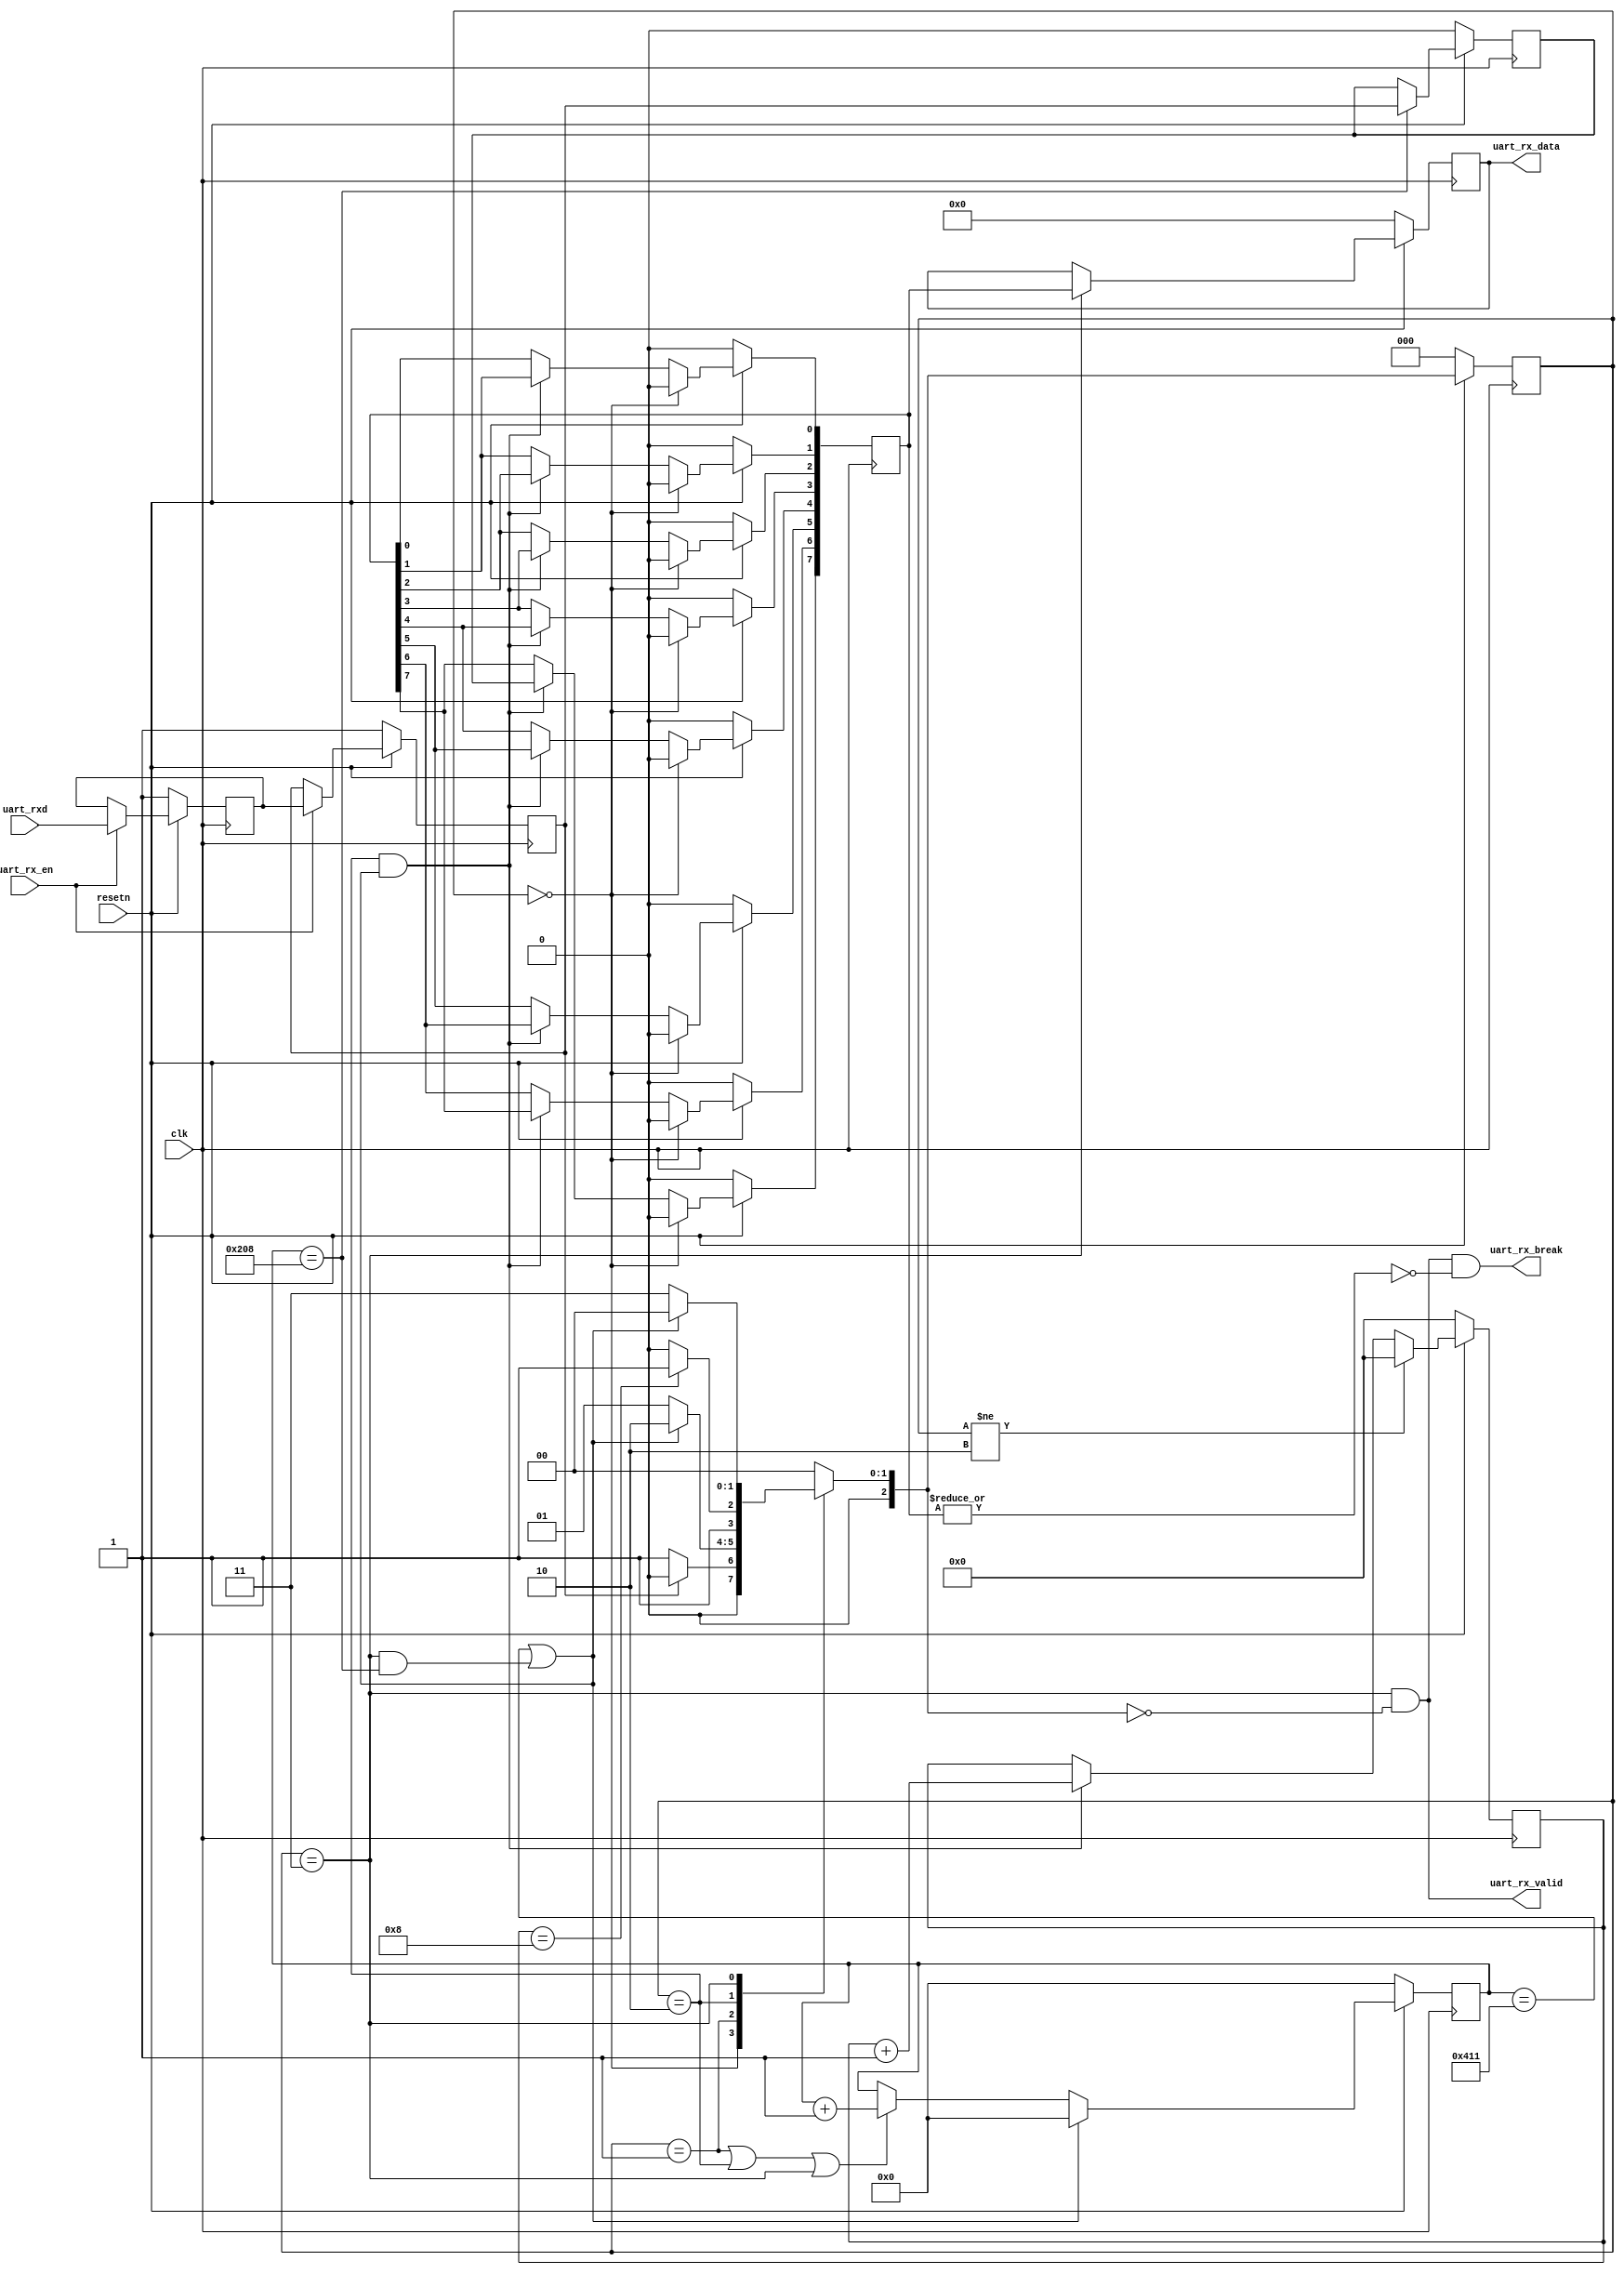

// 
// Module: uart_rx 
// 
// Notes:
// - UART reciever module.
//

module uart_rx(
input  wire       clk          , // Top level system clock input.
input  wire       resetn       , // Asynchronous active low reset.
input  wire       uart_rxd     , // UART Recieve pin.
input  wire       uart_rx_en   , // Recieve enable
output wire       uart_rx_break, // Did we get a BREAK message?
output wire       uart_rx_valid, // Valid data recieved and available.
output reg  [7:0] uart_rx_data   // The recieved data.
);

// --------------------------------------------------------------------------- 
// External parameters.
// 

//
// Input bit rate of the UART line.
parameter   BIT_RATE        = 9600; // bits / sec
localparam  BIT_P           = 1_000_000_000 * 1/BIT_RATE; // nanoseconds

//
// Clock frequency in hertz.
parameter   CLK_HZ          =    10_000_000;
localparam  CLK_P           = 1_000_000_000 * 1/CLK_HZ; // nanoseconds

//
// Number of data bits recieved per UART packet.
parameter   PAYLOAD_BITS    = 8;

//
// Number of stop bits indicating the end of a packet.
parameter   STOP_BITS       = 1;

// -------------------------------------------------------------------------- 
// Internal parameters.
// 

//
// Number of clock cycles per uart bit.
localparam       CYCLES_PER_BIT     = BIT_P / CLK_P;

//
// Size of the registers which store sample counts and bit durations.
localparam       COUNT_REG_LEN      = 1+$clog2(CYCLES_PER_BIT);

// -------------------------------------------------------------------------- 
// Internal registers.
// 

//
// Internally latched value of the uart_rxd line. Helps break long timing
// paths from input pins into the logic.
reg rxd_reg;
reg rxd_reg_0;

//
// Storage for the recieved serial data.
reg [PAYLOAD_BITS-1:0] recieved_data;

//
// Counter for the number of cycles over a packet bit.
reg [COUNT_REG_LEN-1:0] cycle_counter;

//
// Counter for the number of recieved bits of the packet.
reg [3:0] bit_counter;

//
// Sample of the UART input line whenever we are in the middle of a bit frame.
reg bit_sample;

//
// Current and next states of the internal FSM.
reg [2:0] fsm_state;
reg [2:0] n_fsm_state;

localparam FSM_IDLE = 0;
localparam FSM_START= 1;
localparam FSM_RECV = 2;
localparam FSM_STOP = 3;

// --------------------------------------------------------------------------- 
// Output assignment
// 

assign uart_rx_break = uart_rx_valid && ~|recieved_data;
assign uart_rx_valid = fsm_state == FSM_STOP && n_fsm_state == FSM_IDLE;

always @(posedge clk) begin
    if(!resetn) begin
        uart_rx_data  <= {PAYLOAD_BITS{1'b0}};
    end else if (fsm_state == FSM_STOP) begin
        uart_rx_data  <= recieved_data;
    end
end

// --------------------------------------------------------------------------- 
// FSM next state selection.
// 

wire next_bit     = cycle_counter == CYCLES_PER_BIT ||
                        fsm_state       == FSM_STOP && 
                        cycle_counter   == CYCLES_PER_BIT/2;
wire payload_done = bit_counter   == PAYLOAD_BITS  ;

//
// Handle picking the next state.
always @(*) begin : p_n_fsm_state
    case(fsm_state)
        FSM_IDLE : n_fsm_state = rxd_reg      ? FSM_IDLE : FSM_START;
        FSM_START: n_fsm_state = next_bit     ? FSM_RECV : FSM_START;
        FSM_RECV : n_fsm_state = payload_done ? FSM_STOP : FSM_RECV ;
        FSM_STOP : n_fsm_state = next_bit     ? FSM_IDLE : FSM_STOP ;
        default  : n_fsm_state = FSM_IDLE;
    endcase
end

// --------------------------------------------------------------------------- 
// Internal register setting and re-setting.
// 

//
// Handle updates to the recieved data register.
integer i = 0;
always @(posedge clk) begin : p_recieved_data
    if(!resetn) begin
        recieved_data <= {PAYLOAD_BITS{1'b0}};
    end else if(fsm_state == FSM_IDLE             ) begin
        recieved_data <= {PAYLOAD_BITS{1'b0}};
    end else if(fsm_state == FSM_RECV && next_bit ) begin
        recieved_data[PAYLOAD_BITS-1] <= bit_sample;
        for ( i = PAYLOAD_BITS-2; i >= 0; i = i - 1) begin
            recieved_data[i] <= recieved_data[i+1];
        end
    end
end

//
// Increments the bit counter when recieving.
always @(posedge clk) begin : p_bit_counter
    if(!resetn) begin
        bit_counter <= 4'b0;
    end else if(fsm_state != FSM_RECV) begin
        bit_counter <= {COUNT_REG_LEN{1'b0}};
    end else if(fsm_state == FSM_RECV && next_bit) begin
        bit_counter <= bit_counter + 1'b1;
    end
end

//
// Sample the recieved bit when in the middle of a bit frame.
always @(posedge clk) begin : p_bit_sample
    if(!resetn) begin
        bit_sample <= 1'b0;
    end else if (cycle_counter == CYCLES_PER_BIT/2) begin
        bit_sample <= rxd_reg;
    end
end


//
// Increments the cycle counter when recieving.
always @(posedge clk) begin : p_cycle_counter
    if(!resetn) begin
        cycle_counter <= {COUNT_REG_LEN{1'b0}};
    end else if(next_bit) begin
        cycle_counter <= {COUNT_REG_LEN{1'b0}};
    end else if(fsm_state == FSM_START || 
                fsm_state == FSM_RECV  || 
                fsm_state == FSM_STOP   ) begin
        cycle_counter <= cycle_counter + 1'b1;
    end
end


//
// Progresses the next FSM state.
always @(posedge clk) begin : p_fsm_state
    if(!resetn) begin
        fsm_state <= FSM_IDLE;
    end else begin
        fsm_state <= n_fsm_state;
    end
end


//
// Responsible for updating the internal value of the rxd_reg.
always @(posedge clk) begin : p_rxd_reg
    if(!resetn) begin
        rxd_reg     <= 1'b1;
        rxd_reg_0   <= 1'b1;
    end else if(uart_rx_en) begin
        rxd_reg     <= rxd_reg_0;
        rxd_reg_0   <= uart_rxd;
    end
end


endmodule